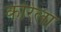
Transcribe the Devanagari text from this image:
कोरेला